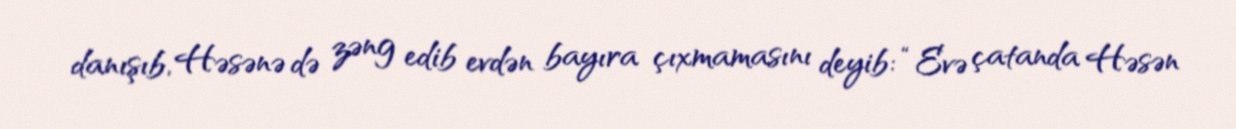
danışıb, Həsənə də zəng edib evdən bayıra çıxmamasını deyib: “Evə çatanda Həsən